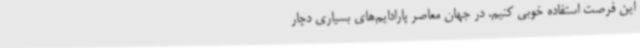
این فرصت استفاده خوبی کنیم. در جهان معاصر پارادایم‌های بسیاری دچار